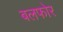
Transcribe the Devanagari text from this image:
बलफोर